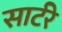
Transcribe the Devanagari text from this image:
सार्टरे